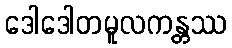
ဒေါဒေါတမူလကန္တဿ